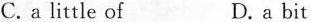
C. a little of D. a bit